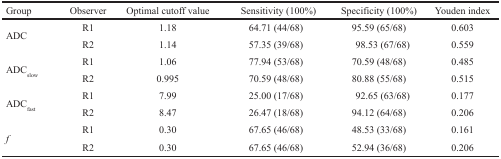
| Group | Observer | Optimal cutoff value | Sensitivity (100%) | Specificity (100%) | Youden index |
 | --- | --- | --- | --- | --- | --- |
 | ADC | R1R2 | 1.181.14 | 64.71 (44/68)57.35 (39/68) | 95.59 (65/68)98.53 (67/68) | 0.6030.559 |
 | ADCslow | R1R2 | 1.060.995 | 77.94 (53/68)70.59 (48/68) | 70.59 (48/68)80.88 (55/68) | 0.4850.515 |
 | ADCfast | R1R2 | 7.998.47 | 25.00 (17/68)26.47 (18/68) | 92.65 (63/68)94.12 (64/68) | 0.1770.206 |
 | f | R1R2 | 0.300.30 | 67.65 (46/68)67.65 (46/68) | 48.53 (33/68)52.94 (36/68) | 0.1610.206 |